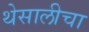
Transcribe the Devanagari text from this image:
थेसालीचा